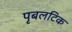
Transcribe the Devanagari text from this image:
पृबलटिक